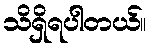
သိရှိရပါတယ်။